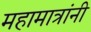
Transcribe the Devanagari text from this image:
महामात्रांनी